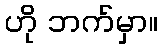
ဟို ဘက်မှာ။